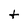
Character: t